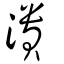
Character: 潰